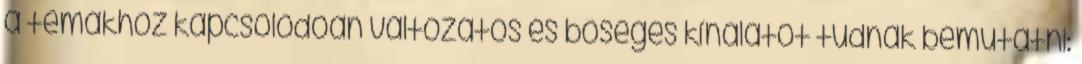
a témákhoz kapcsolódóan változatos és bőséges kínálatot tudnak bemutatni: